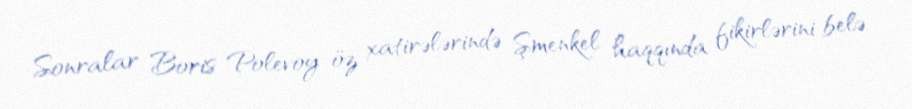
Sonralar Boris Polevoy öz xatirələrində Şmenkel haqqında fikirlərini belə